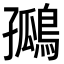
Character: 𪂮